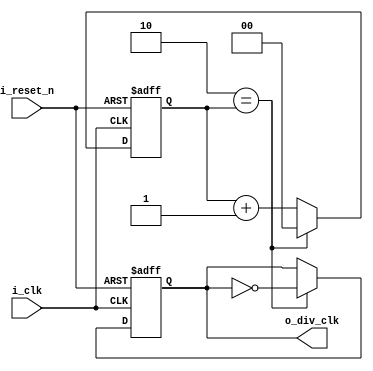
//*******************************FILE HEAD**************************************
//*********************Verilog HDL *********************
// FUNCTION        : 6
// AUTHOR          : 
// DATE & REVISION : 
// COMPANY         : Verilog HDL 
// UPDATE          :
//******************************************************************************
`timescale 1ns/1ns

module clk_6_div
    (
        input i_reset_n, //
        input i_clk, //
        
        
        output  o_div_clk //
    );
    
    //o_data
    reg [1 : 0] r_cnt;
    reg r_div_clk;
    assign o_div_clk = r_div_clk;
    
    //JKJK
    always @(posedge i_clk, negedge i_reset_n) 
    begin
        if(1'b0 == i_reset_n)
            r_cnt <= 2'd0;
        else
            if(2'd2 == r_cnt)
                r_cnt <= 2'd0;
            else
                r_cnt <= r_cnt + 2'd1;
	end
	
	always @(posedge i_clk, negedge i_reset_n) 
    begin
        if(1'b0 == i_reset_n)
            r_div_clk <= 1'b0;
        else
            if(2'd2 == r_cnt)
                r_div_clk <= ~r_div_clk;
	end
    
endmodule
// END OF clk_6_div.v FILE ***************************************************